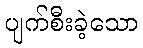
ပျက်စီးခဲ့သော